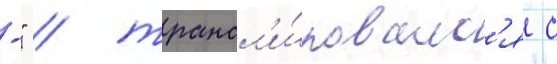
-" / трансл'и́ровалс'я с